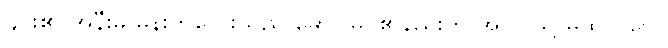
၄င်း၏ အနီးမှ မိန်းကလေးသည် မောင်မြိုင်၏နည်းတူ အပြင်သို့ မထွက်ပေ။